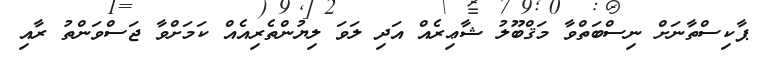
ޕާކިސްތާނަށް ނިސްބަތްވާ މަޤްބޫލު ޝާޢިރެއް އަދި ލަވަ ލިޔުންތެރިއެއް ކަމަށްވާ ޖަސްވަންތު ރާއި